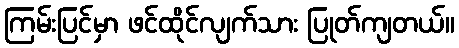
ကြမ်းပြင်မှာ ဖင်ထိုင်လျက်သား ပြုတ်ကျတယ်။